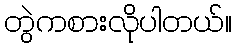
တွဲကစားလိုပါတယ်။